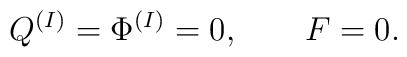
Q^{(I)}=\Phi^{(I)}=0,\qquad F=0.